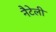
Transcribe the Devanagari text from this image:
नैटेली